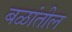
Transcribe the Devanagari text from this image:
बळांतील